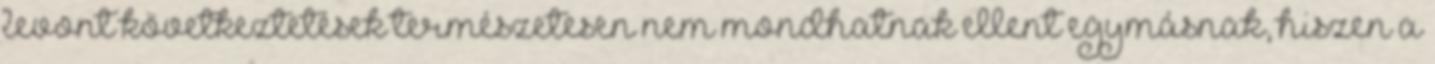
levont következtetések természetesen nem mondhatnak ellent egymásnak, hiszen a